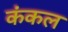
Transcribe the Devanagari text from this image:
कंकल